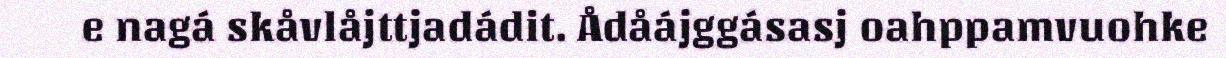
e nagá skåvlåjttjadádit. Ådåájggásasj oahppamvuohke